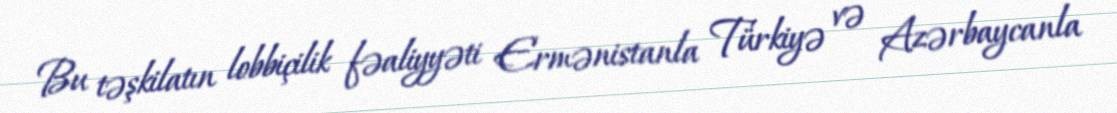
Bu təşkilatın lobbiçilik fəaliyyəti Ermənistanla Türkiyə və Azərbaycanla